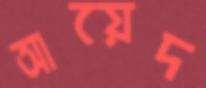
আয়েদ